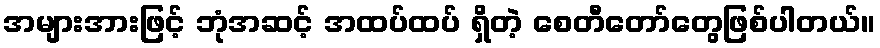
အများအားဖြင့် ဘုံအဆင့် အထပ်ထပ် ရှိတဲ့ စေတီတော်တွေဖြစ်ပါတယ်။